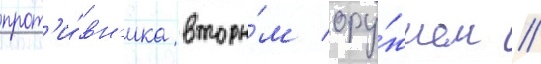
прот'и́вн'ика вторы́м ору́жием /